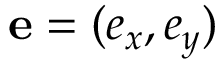
\mathbf { e } = ( e _ { x } , e _ { y } )